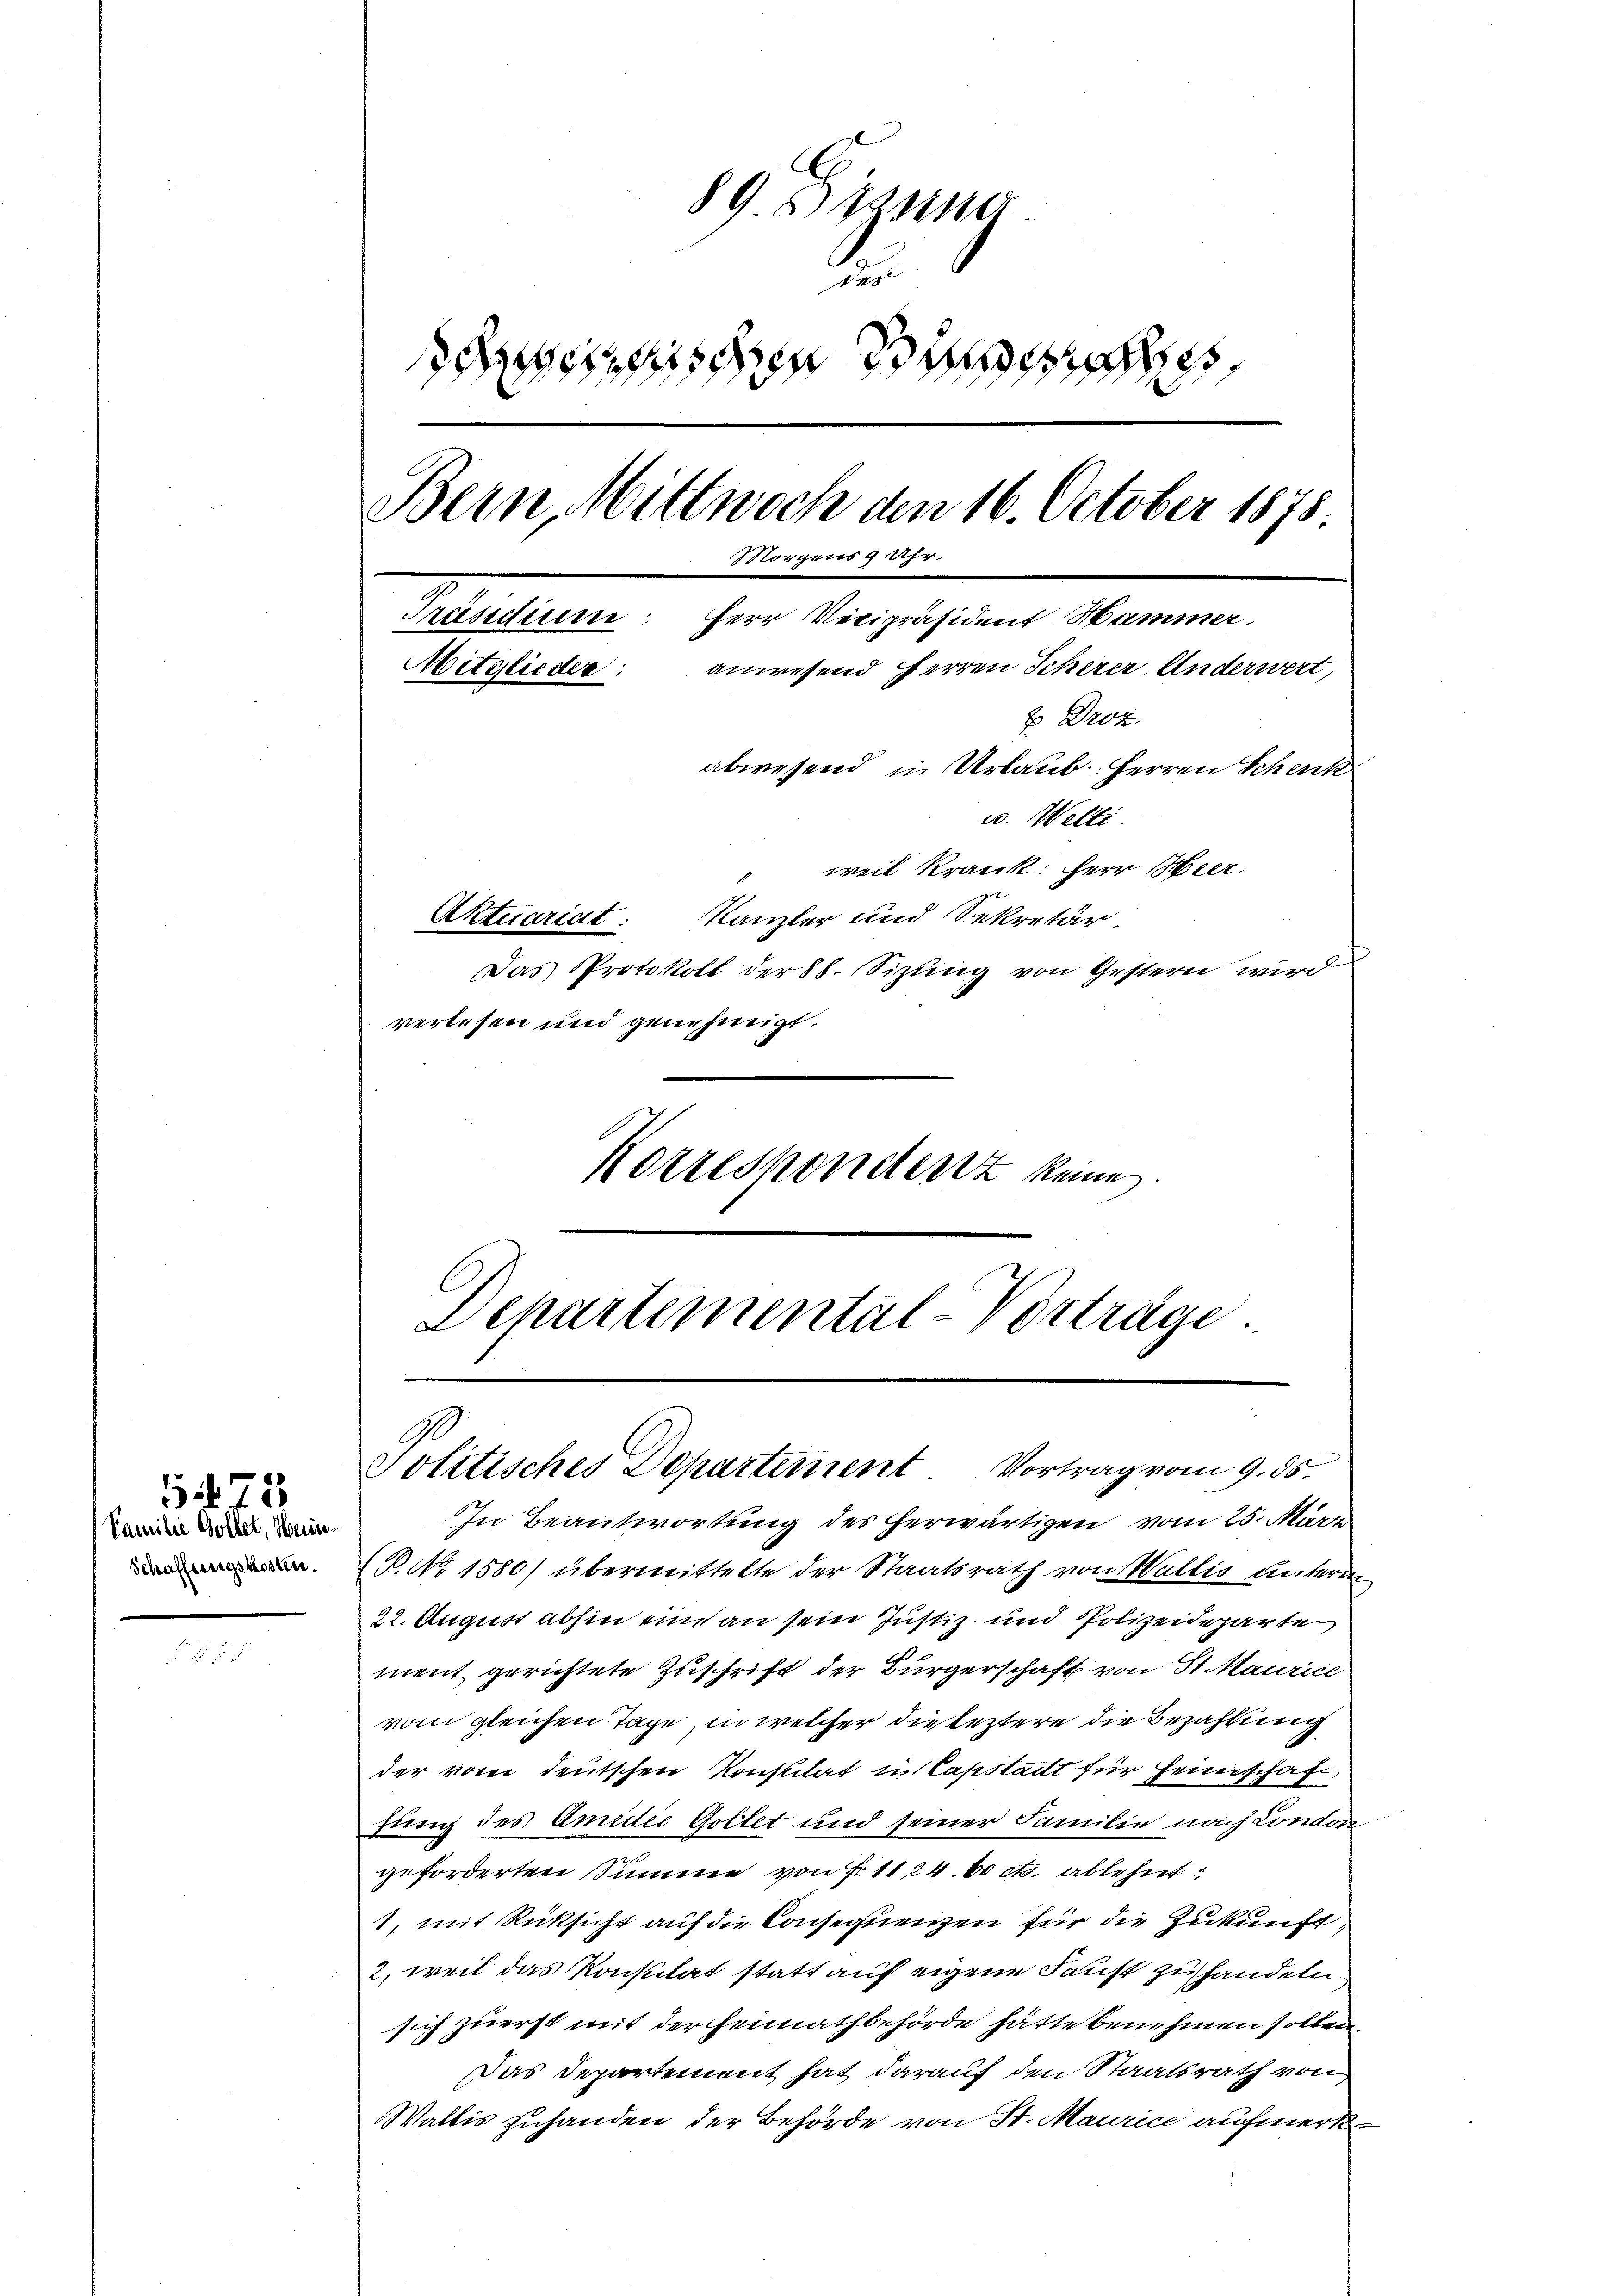
Familie Goldet, Hein¬
Schaffungskosten.

575

89 Branno
.
emischen die
Bern, Mittwoch den 16. October 1878
Morgens 9 Uhr.
Präsidiere: Herr Vicipräsident Hammer,
anwesend Herren Scherer, Anderwert,
Mitglieder:
x Droz.
abwesend in Urlaub. Herren Schenk
u. Welti
weil Krank: Herr Meer.
Aktuariat: Kanzler und Sekretär
Das Protokoll der 88. Sizung von Gestern wird
verlesen und genehmigt.

Korrespondenz keine

Departemental-Vorträge

Politisches Departement Vortrag vom 9. ds.

In Beantwortung des herwärtigen vom 25. März
P. No 1580) übermittelte der Staatsrath von Wallis unterm
22. August abhin ein an sein Justiz- und Polizeideparte
ment gerichtete Zuschrift der Bürgerschaft von St. Maurice
vom gleichen Tage, in welcher die leztere die Bezahlung
der vom deutschen Konstitat u. Capstadt für Heimschaft
hung des Amidie Gottet und seiner Familie nach London
geforderten Summe von Fr. 1824. 60 cts. ablehnt:
1, mit Rücksicht auf die Consequenzen für die Zukunft,
2, weil das Konstitat statt auf eigene Faust zu handeln
sich zuerst mit der Heimathbehörde hätte benehmen sollen.
Das Departement hat darauf den Staatsrath von
Wallis zuhanden der Behörde von St. Maurice aufmerk